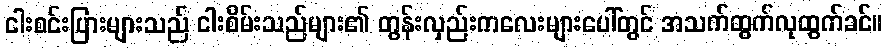
ငါးစင်းပြားများသည် ငါးစိမ်းသည်များ၏ တွန်းလှည်းကလေးများပေါ်တွင် အသက်ထွက်လုထွက်ခင်။